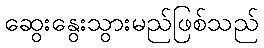
ဆွေးနွေးသွားမည်ဖြစ်သည်